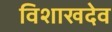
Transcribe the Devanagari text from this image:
विशाखदेव